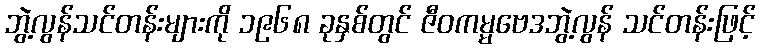
ဘွဲ့လွန်သင်တန်းများကို ၁၉၆၈ ခုနှစ်တွင် ဇီဝကမ္မဗေဒဘွဲ့လွန် သင်တန်းဖြင့်